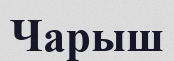
Чарыш